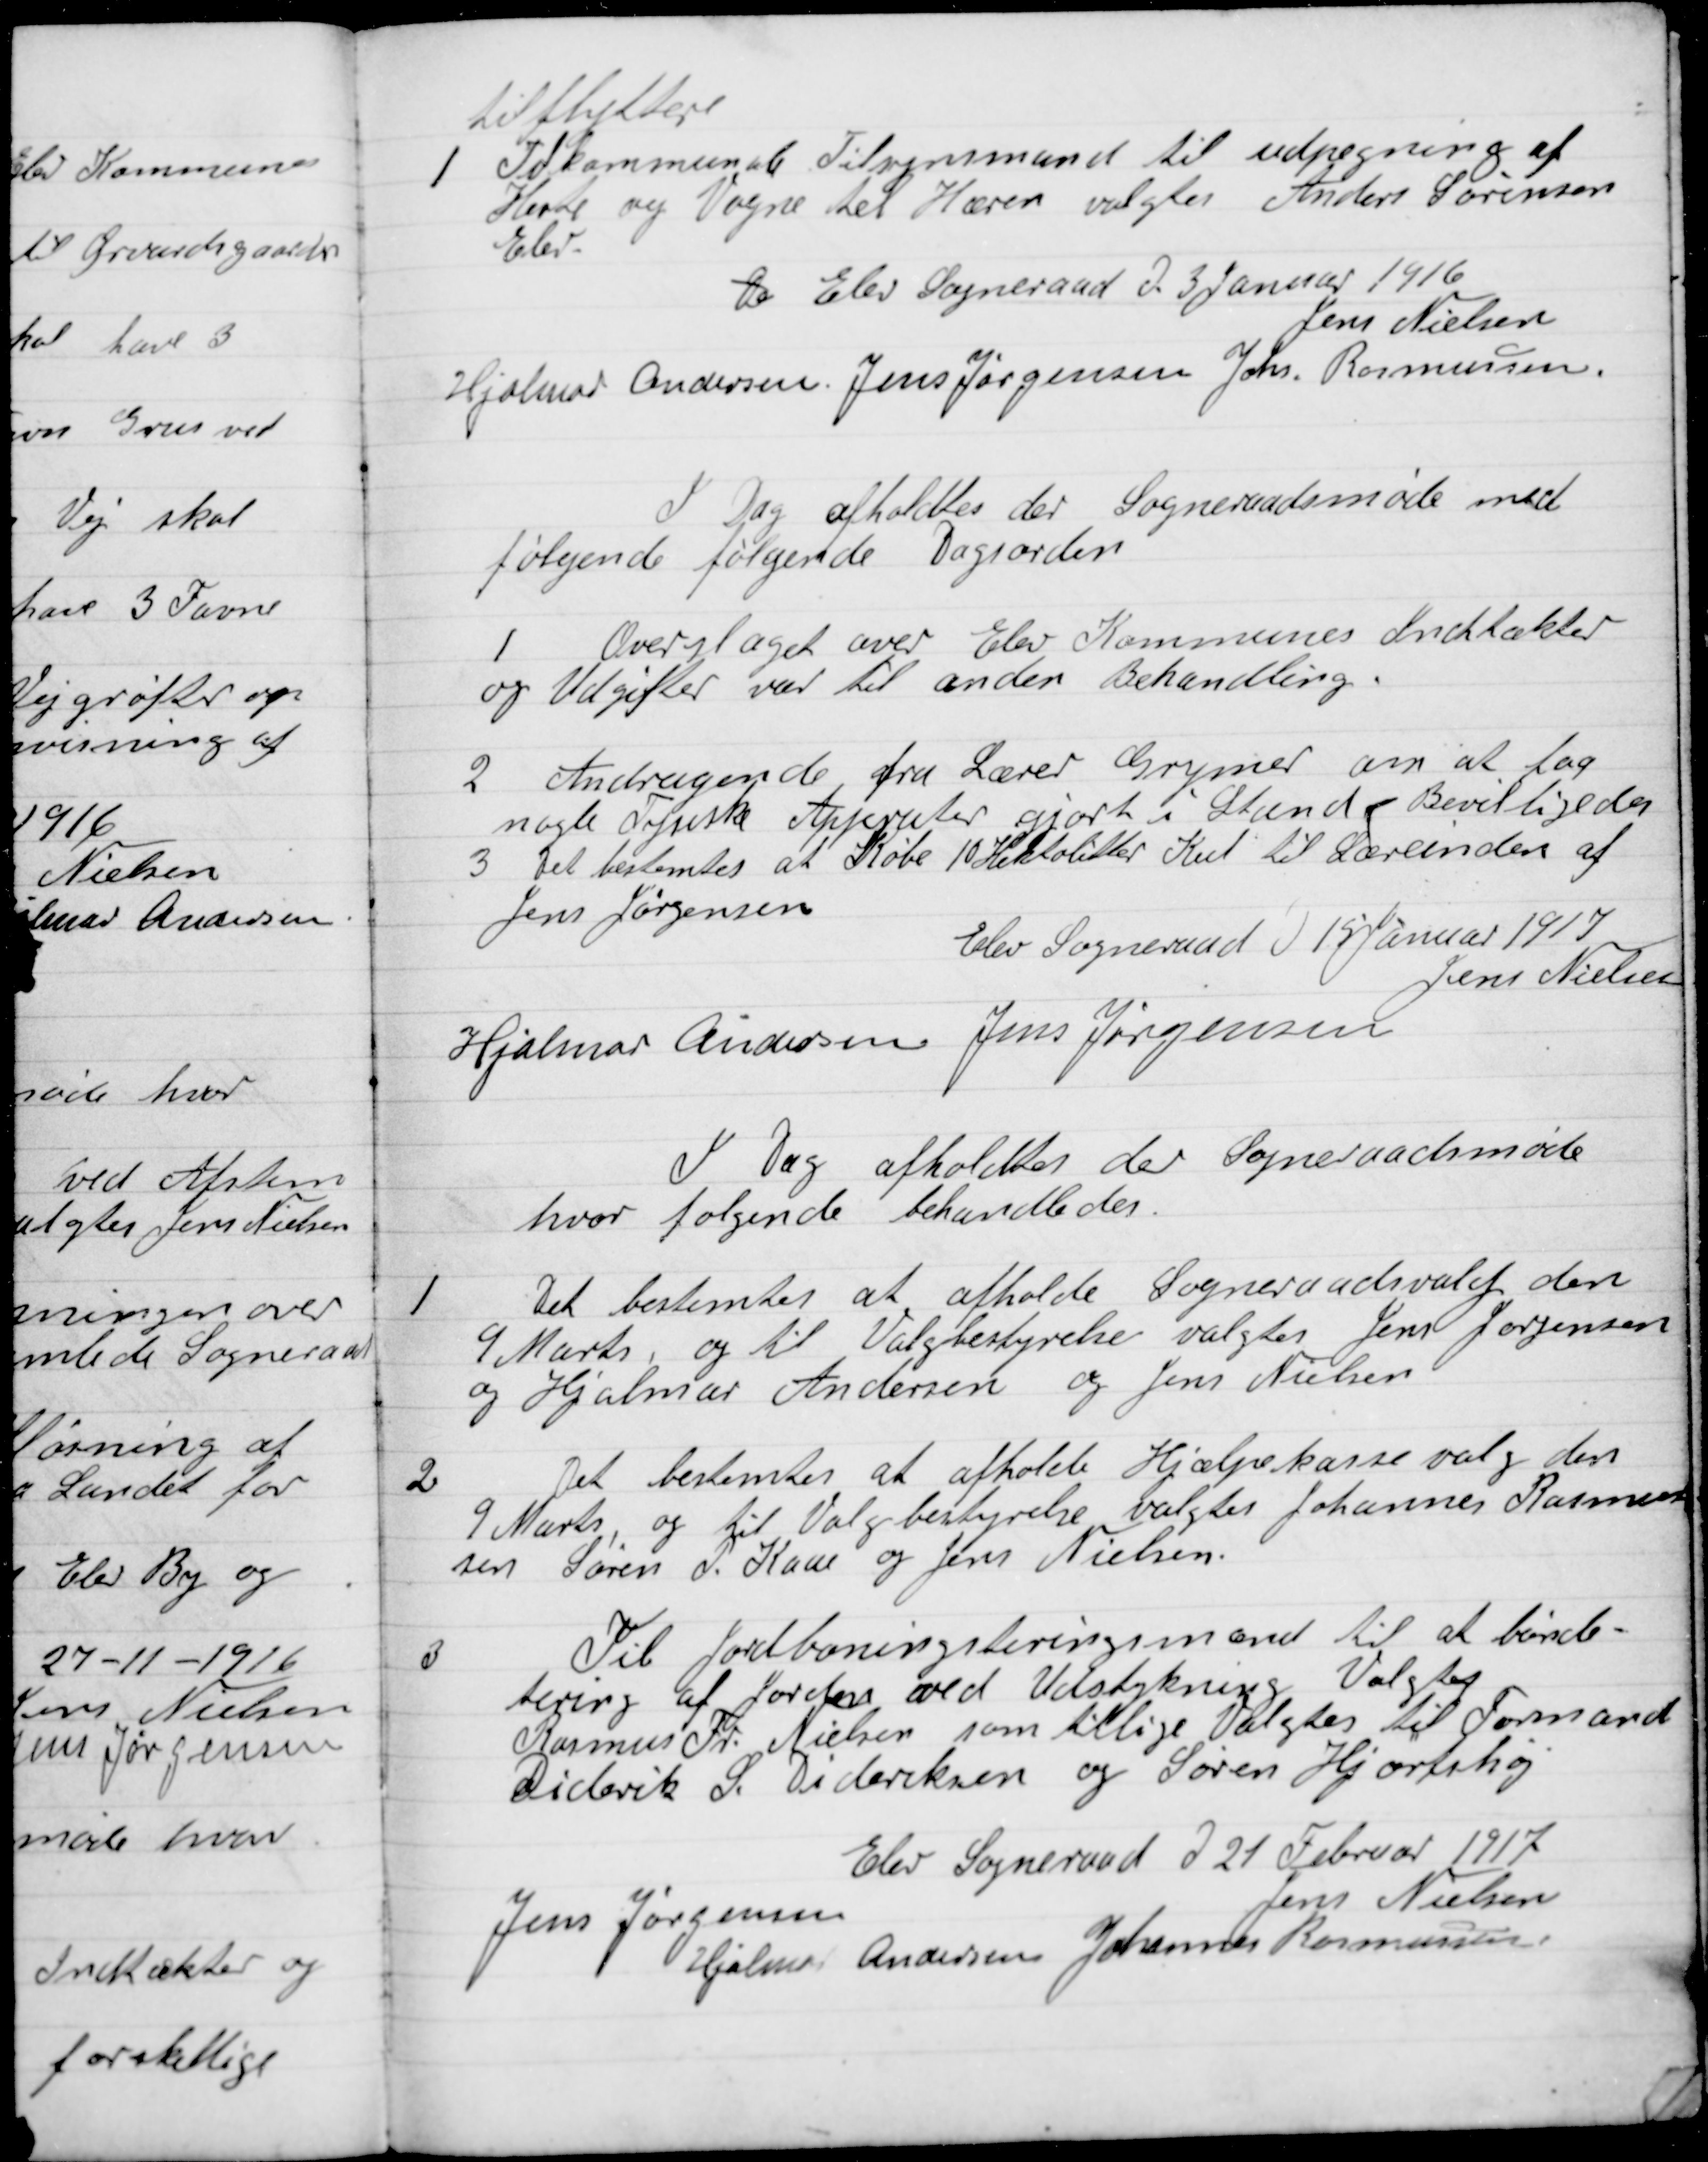
Transskription:
Tilflyttere.

1

Til Kommunale Tilsynsmand udpegning af
Heste og Vogne til Hæren valgtes Anders Sørensen
Elev.

Elev Sogneraad D. 3 Januar 1916

Jens Nielsen,
Hjalmar Andersen
Jens Jørgensen
Joh. Rasmussen.

I Dag afholdtes der Sogneraadsmøde med
følgende følgende Dagsorden

1

Overslaget over Elev Kommunes Indtækter
og Udgifter var til anden Behandling.

2

Andragende fra Lærer Grymer om at faa
nogle Tyske Apparater gjort i Stand. Bevilgedes.

3

Det bestemtes at Købe 10 Hektoliter Kul til Lærerinden af
Jens Jørgensen.

Elev Sogneraad D. 19 Januar 1917

Jens Nielsen
Hjalmar Andersen
Jens Jørgensen

I Dag afholdtes der Sogneraadsmøde
hvor følgende Behandledes

1

Det bestemtes at afholde Sogneraadsvalg den
9 Marts, og til Valgbestyrelse valgtes Jens Jørgensen
og Hjalmar Andersen og Jens Nielsen.

2

Det bestemtes at afholde Hjælpekasse valg den
9 Marts, og til Valgbestyrelse valgtes Johannes Rasmus-
sen Søren P. Kaae og Jens Nielsen.

3

Til Jordboningteringsmænd til at bonit-
tering af Joden ved Udstykning Valgtes
Rasmus Fr. Nielsen som tillige Valgtes til Formand
Didrik S. Dideriksen og Søren Hjortshøj.

Elev Sogneraad D. 21. Februar 1917

Jens Nielsen
Jens Jørgensen
Hjalmar Andersen
Johannes Rasmussen.